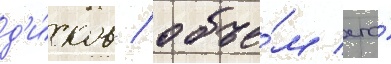
д'и́сков / объе́м его́